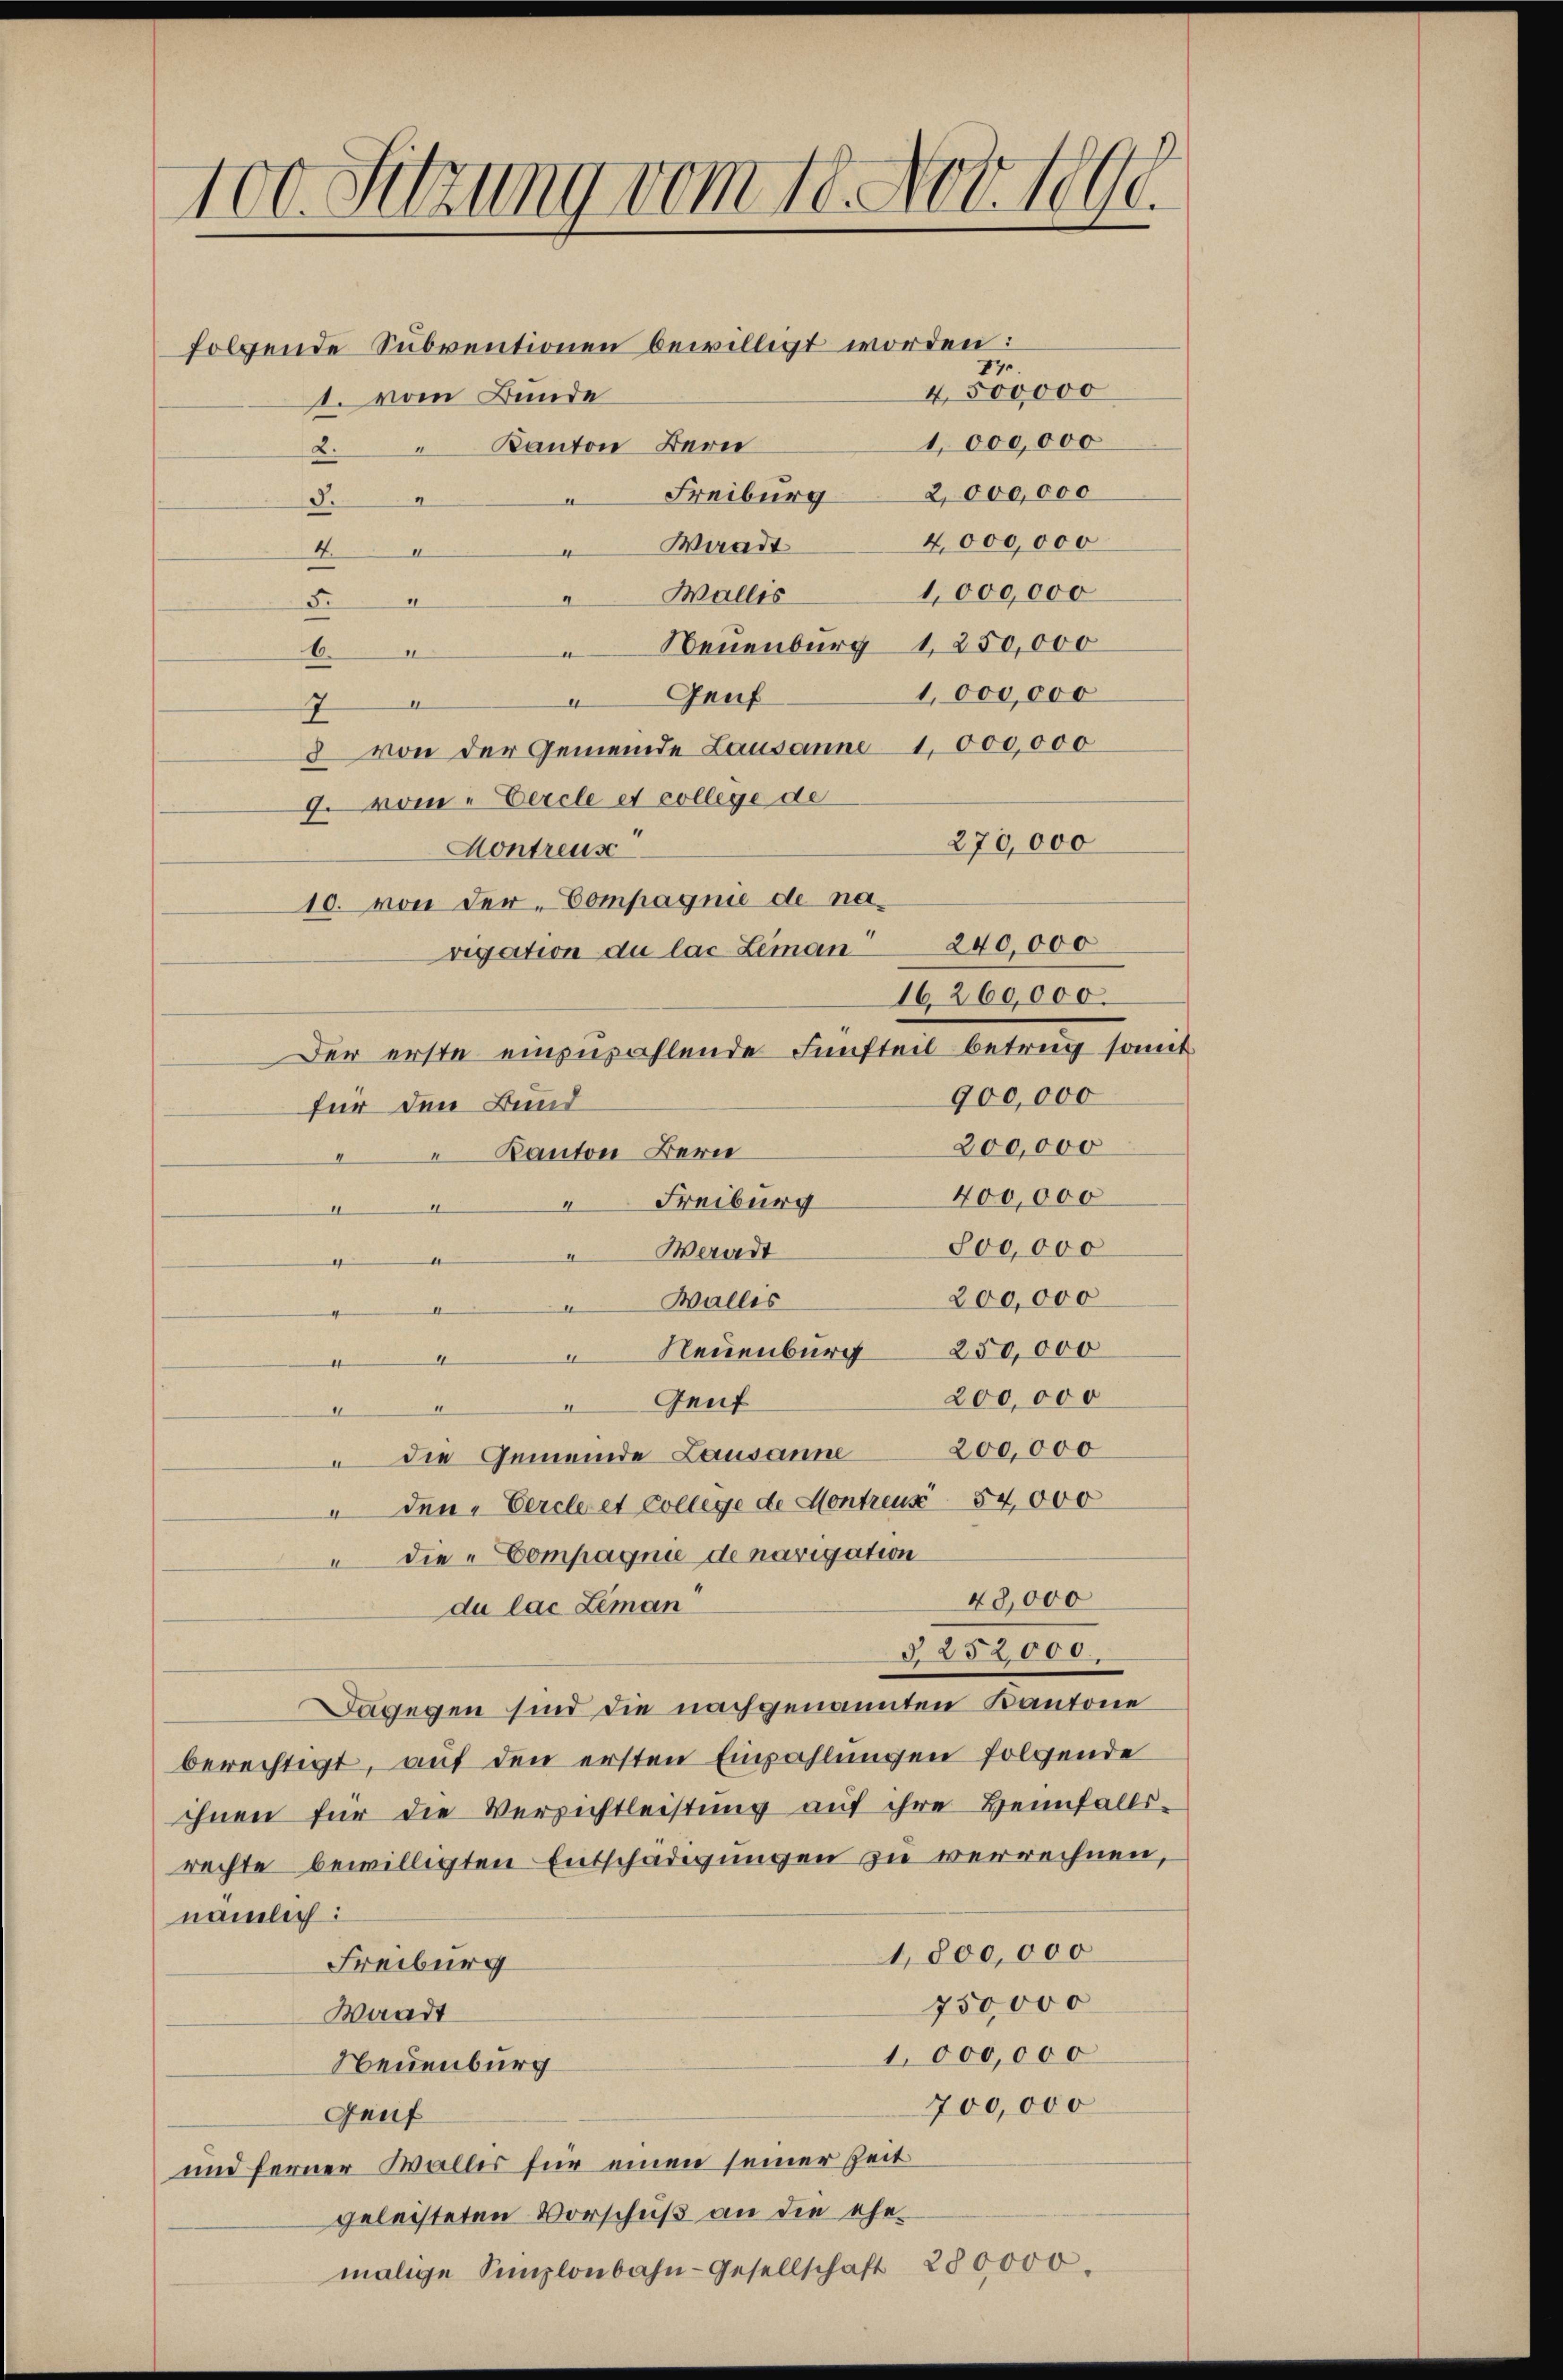
100. Sitzung vom 18. Nov. 1890.

folgende Subventionen bewilligt worden:
17.
4500000
1. vom Bunde
1,000,000
" Kanton Bern
2.
Freiburg 2000,000
9
d.
4,000,000
Waadt
4
4
e
1,000,000
Wallis
.
2
5.
 Neuenburg 1250,000
1
6.
1,000,000
Genf
d
a
7
8 von der Gemeinde Lausanne 1000,000
J. vom " Eercle et college de
270,000
Montreus
10. von der Compagnie de navigation du las Leman 240,000
16,260,000.
Der erste einzuzahlende Fünfteil betrug somit
900,000
für den Bund
200,000
Kanton Bern
400,000
“ Freiburg
.
9
800,000
Weredt
.
e
4
200,000
Wallis
e
e
4
 Neuenburg  250,000
4
d
200,000
Genf
2
1
 die Gemeinde Lausanne 200,000
denVercle et College de Montreux 54,000
" die Compagnie de navigation
40,000
du lac Leman
§. 252000.
Dagegen sind die nachgenannten Kantone
berechtigt, auf den ersten Einzahlungen folgende
ihnen für die Versichtleistung aŭf ihre Heimfalls-
rechte bewilligten Entschädigungen zu verrechnen,
nämlich:
1,800,000
Freiburg
750,000
Waadt
1 000,000
Neuenburg
700,000
Genf
und ferner Wallis für einen seiner Zeit
geleisteten Vorschuß an die ehe
malige Simplonbahn-Gesellschaft 280000.